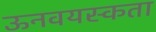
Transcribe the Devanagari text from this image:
ऊनवयस्कता